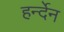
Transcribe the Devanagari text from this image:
हर्न्देन